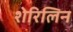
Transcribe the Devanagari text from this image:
शेरिलिन